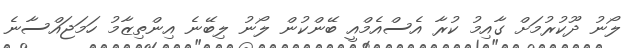
ލޯނު ދޫކުރުމަށް ގާއިމު ކުރާ އެސްއެމްއީ ބޭންކުން ލޯނު ލިބޭނެ އިންތިޒާމު ހަމަޖައްސާނެ